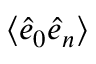
\langle \hat { e } _ { 0 } \hat { e } _ { n } \rangle